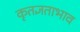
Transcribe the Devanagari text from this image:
कृतज्ञताभाव